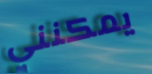
يمكنني